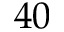
4 0